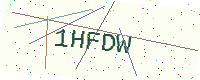
Text: 1HFDW